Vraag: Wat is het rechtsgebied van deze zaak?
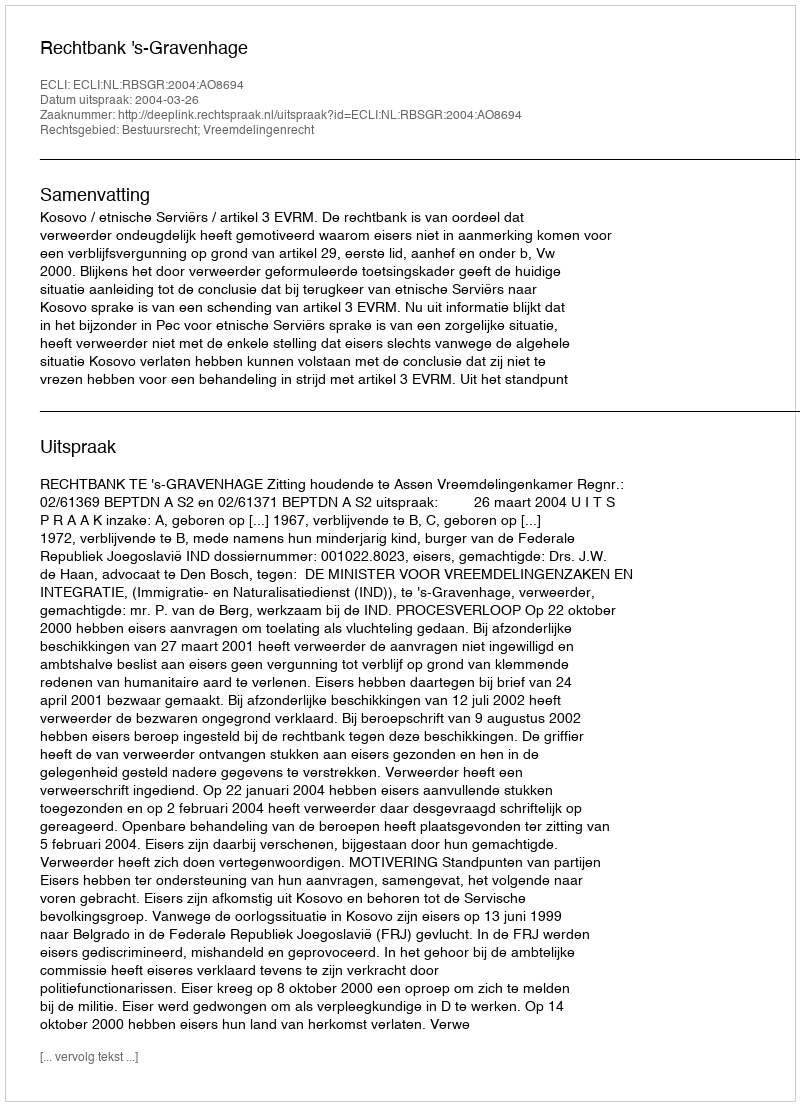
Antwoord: Bestuursrecht; Vreemdelingenrecht